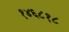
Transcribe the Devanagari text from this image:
१४६८१८